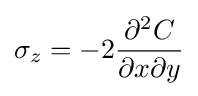
\sigma _{z}=-2{\frac {\partial ^{2}C}{\partial x\partial y}}